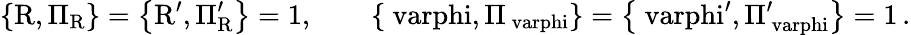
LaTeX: \mathrm{\left\{ R,\Pi_{R}\right\} =\left\{ R^{\prime},\Pi_{R}^{\prime}\right\} =1,\qquad\left\{ \ varphi,\Pi_{\ varphi}\right\} =\left\{ \ varphi^{\prime},\Pi_{\ varphi}^{\prime}\right\} =1\, .}